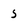
Character: 5